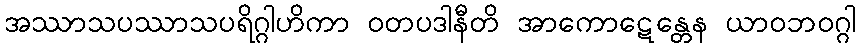
အဿာသပဿာသပရိဂ္ဂါဟိကာ ဝတပဒါနီတိ အာကောဋေန္တေန ယာဝဘဝဂ္ဂါ